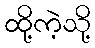
ထို့ကဲ့သို့